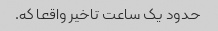
حدود یک ساعت تاخیر واقعا که.